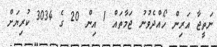
ނަތީޖާ އަރިން ހޯއްދެވުނު ޖަމާތައް 1 އިން 20 ގެ 3034 ކުރިޔަށް